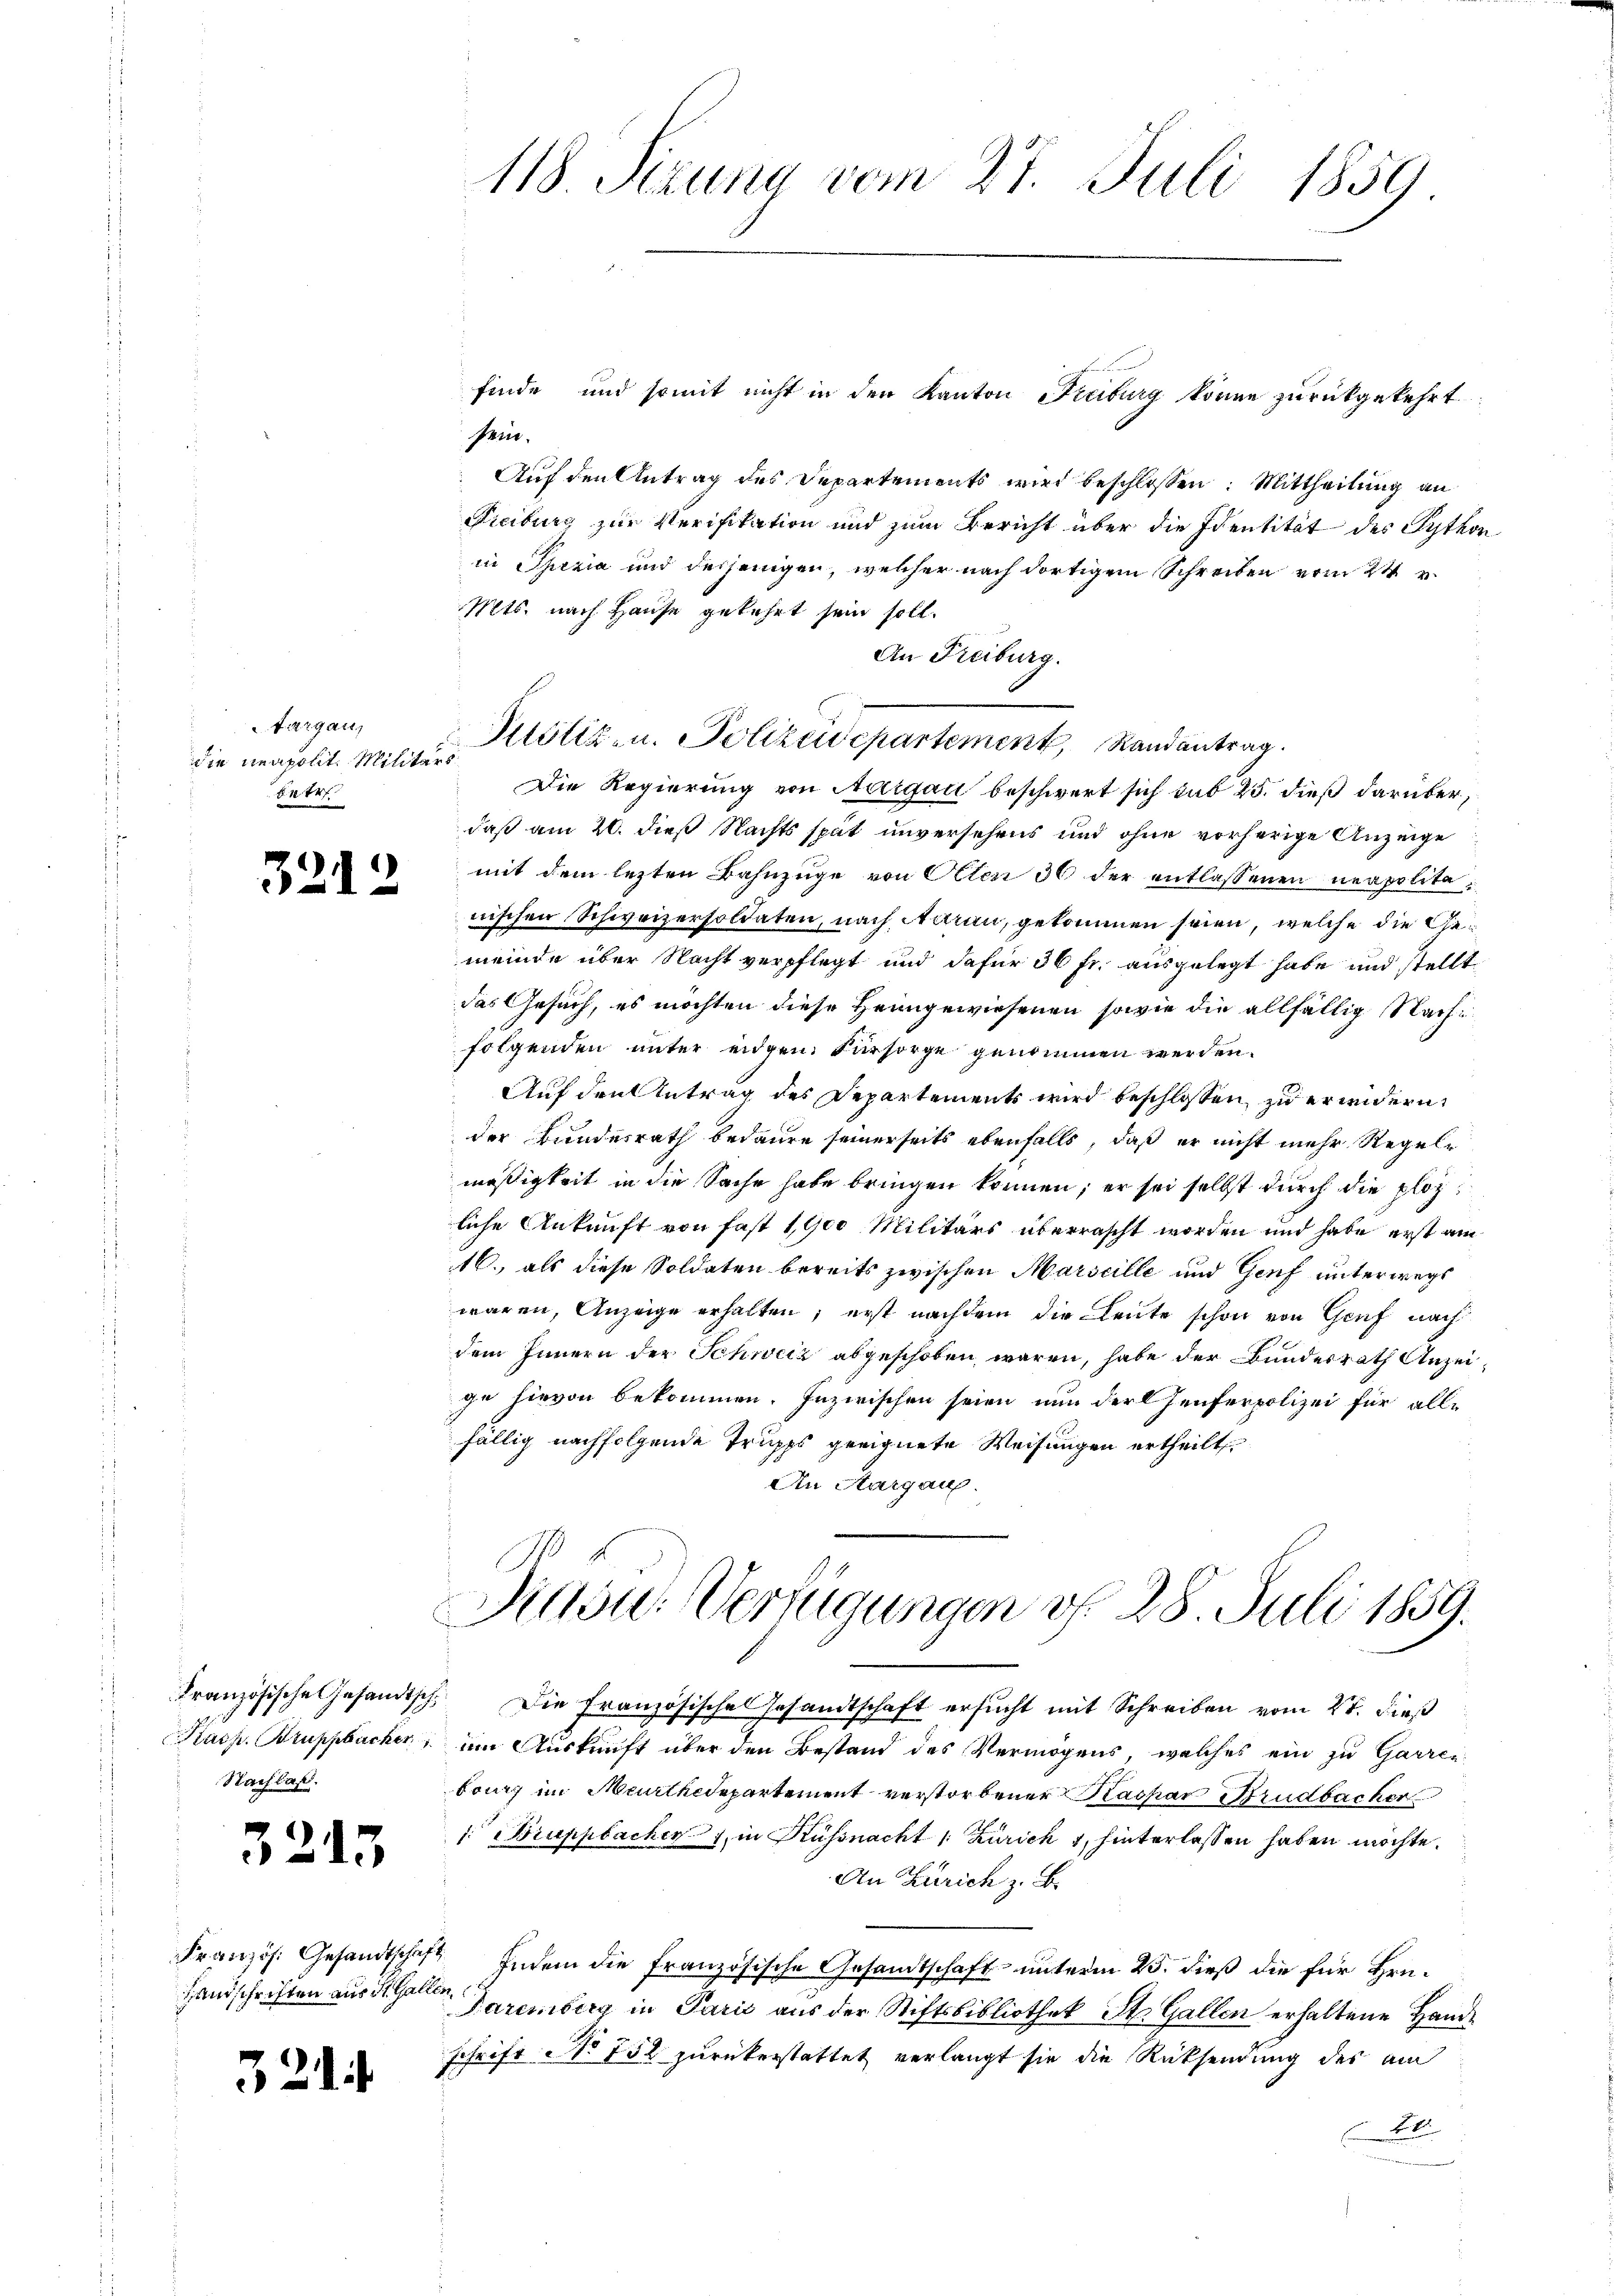
targau,
betr

3212

Französische Gesandtsch.
ass. Bruppbucker
Nachlaß.

3213

Französ. Gesandtschaf
Handschriften aus St. Gali

321.

finde und somit nicht in den Kanton Freiburg könne zurückgekehrt
sein.
Auf den Antrag des Departements wird beschlossen: Mittheilung an
Freiburg zur Verifikation und zum Bericht über die Identität des Sython
in Spezia und desjenigen, welcher nach dortigem Schreiben vom 24. v.
Mts. nach Hause gekehrt sein soll.
An Freiburg.
die neapolit. Militer Klötiz- u. Polizeidepartement, Randantrag.
Die Regierung von Aargau beschwert sich sub 25. dieß darüber,
daß am 20. dieß Nachts spät unversehens und ohne vorherige Anzeige
mit dem lezten Bahnzüge von Olten 30 der entlassenen neapolite
nischen Schweizersoldaten, nach Aarau, gekommen seien, welche die Gemeinde über Nacht verpflegt und dafür 36 fr. ausgelegt habe und stellt
das Gesuch, es möchten diese Heimgewiesenen sowie die allfällig Stachfolgenden unter eidgen. Fürsorge genommen werden.
Auf den Antrag des Departements wird beschlossen, zu erindern,
der Bundesrath bedaure seinerseits ebenfalls, daß er nicht mehr Regelr
mäßigkeit in die Sache habe bringen können; er sei selbst durch die plozliche Ankunft von fast 1900 Militärs überrascht worden und habe erst am
16., als diese Soldaten bereits zwischen Marseille und Genf unterwegs
waren, Anzeige erhalten; erst nachdem die Leute schon von Genf nach
dem Innern der Schweiz abgeschoben waren, habe der Bundesrath Anzeige hievon bekommen. Inzwischen seien nun der Heuferpolizei für alle
fällig nachfolgende Trupps geeignete Weisungen ertheilt
An Aargau.

118. Sizung vom 27. Juli 1859.

Rasu. Verfügungen d. 28. Juli 1859.

Die Französische Gesandtschaft ersucht mit Schreiben vom 21. dieß
im Auskunft über den Bestand des Vermögens, welches ein zu Garren
bourg im Meurthedepartement verstorbener Kaspar Strudbacher
 Bruppacher in Küssnacht (Zürich 1, hinterlassen haben möchte.
An Zürich z. B.
Indem die französische Gesandtschaft unterm 25. dieß die für Hrn.
2
Parenberg in Paris aus der Stiftsbibliothek St. Gallen erhaltene Hande
schrift No 752 zurückerstattet verlangt sie die Rücksendung der am
l